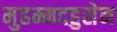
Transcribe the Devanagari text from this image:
मुहम्मदहुसेन